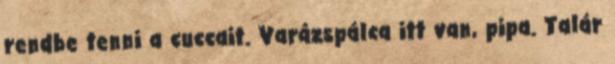
rendbe tenni a cuccait. Varázspálca itt van, pipa. Talár